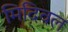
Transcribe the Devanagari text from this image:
मिदिवल